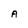
Character: A